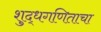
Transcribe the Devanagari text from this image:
शुद्धगणिताचा